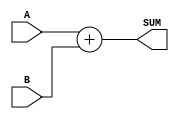
`timescale 1ns / 1ps

module full_adder
(
    input [63:0] A, input [63:0] B, //input CARRY_IN,
    output [63:0] SUM//, output CARRY_OUT
);

	assign SUM = A + B;
endmodule